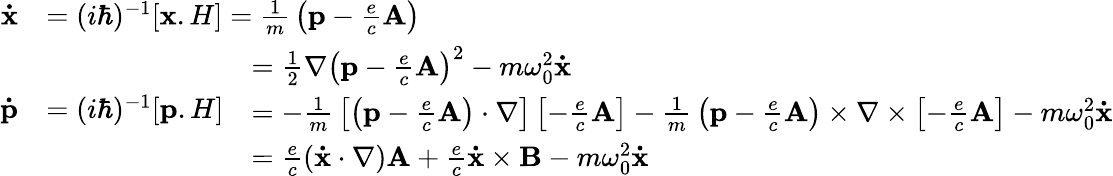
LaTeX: {\begin{array}{rl}{\mathbf{\dot{x}}}&{=(i\hbar)^{-1}[\mathbf{x}.H]={\frac{1}{m}}\left(\mathbf{p}-{\frac{e}{c}}\mathbf{A}\right)}\\ {\mathbf{\dot{p}}}&{=(i\hbar)^{-1}[\mathbf{p}.H]{\begin{array}{rl}&{={\frac{1}{2}}\nabla\left(\mathbf{p}-{\frac{e}{c}}\mathbf{A}\right)^{2}-m\omega_{0}^{2}\mathbf{\dot{x}}}\\ &{=-{\frac{1}{m}}\left[\left(\mathbf{p}-{\frac{e}{c}}\mathbf{A}\right)\cdot\nabla\right]\left[-{\frac{e}{c}}\mathbf{A}\right]-{\frac{1}{m}}\left(\mathbf{p}-{\frac{e}{c}}\mathbf{A}\right)\times\nabla\times\left[-{\frac{e}{c}}\mathbf{A}\right]-m\omega_{0}^{2}\mathbf{\dot{x}}}\\ &{={\frac{e}{c}}(\mathbf{\dot{x}}\cdot\nabla)\mathbf{A}+{\frac{e}{c}}\mathbf{\dot{x}}\times\mathbf{B}-m\omega_{0}^{2}\mathbf{\dot{x}}}\end{array}}}\end{array}}